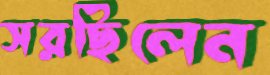
সরছিলেন